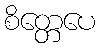
စိတ္တေပေ